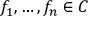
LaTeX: f _ { 1 } , \dots , f _ { n } \in C